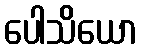
ပေါသိယော